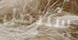
ستتصل